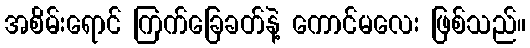
အစိမ်းရောင် ကြက်ခြေခတ်နဲ့ ကောင်မလေး ဖြစ်သည်။